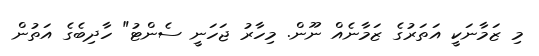
މި ޒަމާނަކީ އަތަރުގެ ޒަމާނެއް ނޫން. މިހާރު ޖަހަނީ ސެންޓު" ހާދިބެގެ އަތުން